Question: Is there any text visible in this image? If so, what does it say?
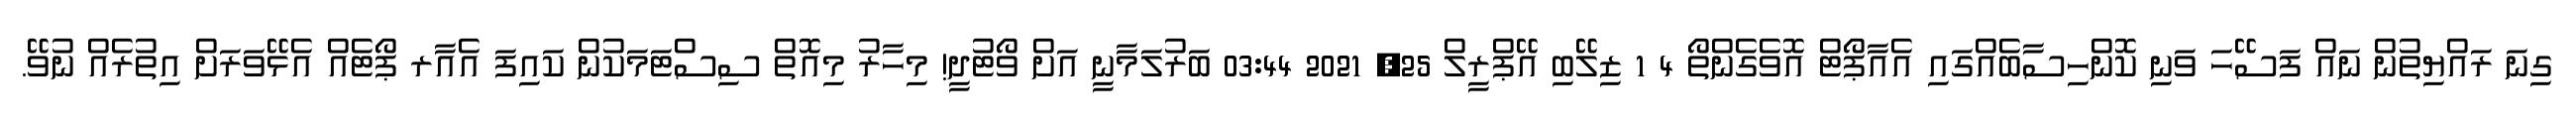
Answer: ގިނަ ރައްޔިތުން ނައް ފަސޭހަ ވަނި ކޮންހިސާބެއްގައި އެއާޕޯޓް އޮވެގެންތޯ 4 1 ޒިލޭބި އޭޕްރީލް 25, 2021 03:44 ބަރުލަމާނީ އަށް ވޯޓުދީ! މިހާރު މިއޮތް ސިސްޓަމަކުން ކައިފަ އެއާރ ޕޯޓެއް އެޅޭވަރަށް އިތުރެއް ނުވޭ.